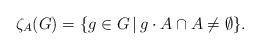
LaTeX: \begin{align*}\zeta_{A}(G)=\{g \in G\, |\, g \cdot A \cap A \neq\emptyset\} .\end{align*}